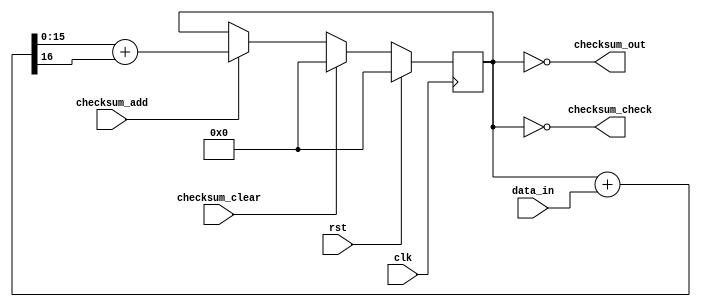
// CHECKSUM - a checksum unit for the PATLPP processor
//

`timescale 1ns / 100ps

module checksum
(
	input		wire				clk,
	input		wire				rst,

	input		wire	[15:0]	data_in,
	input		wire				checksum_add,
	input		wire				checksum_clear,
	
	output	wire				checksum_check,
	output	wire	[15:0]	checksum_out
);

wire	[16:0]	wide_res;
reg	[15:0]	result;

assign wide_res = result + data_in; // compute the addition w/carry
assign checksum_out = ~result; // compute the 1's compliment
assign checksum_check = (result == 0);

always @(posedge clk)
begin
	if (rst)
	begin
		result <= 0;
	end
	else if (checksum_clear)
	begin
		result <= 0;
	end
	else if (checksum_add)
	begin
		result <= wide_res[15:0] + { 15'd0, wide_res[16] }; // add carry to result
	end
end

endmodule